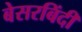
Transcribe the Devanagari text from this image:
बेसरबिंदी